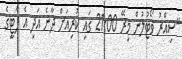
"ސިއްރު ވޯޓުލުން މިރޭ 21:00 ގައި ކުރިއަށް ދާނެ އަދި އެ ޕާޓީގެ